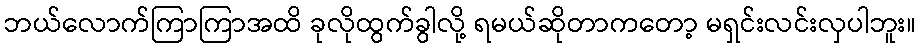
ဘယ်လောက်ကြာကြာအထိ ခုလိုထွက်ခွါလို့ ရမယ်ဆိုတာကတော့ မရှင်းလင်းလှပါဘူး။